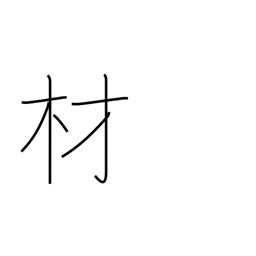
Meaning: timber